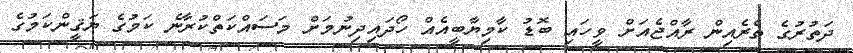
ދަތުރުގެ ތެރެއިން ރާއްޖެއަށް ވީހައި ބޮޑު ކާމިޔާބީއެއް ހޯދައިދިނުމަށް މަސައްކަތްކުރާނެ ކަމުގެ ޔަޤީންކަމުގެ